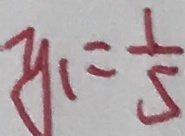
y _ { 1 } = \frac { 1 } { 5 }